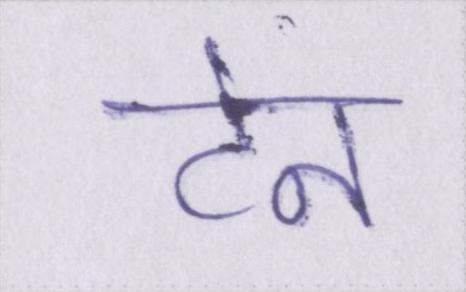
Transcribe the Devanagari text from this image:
टेन